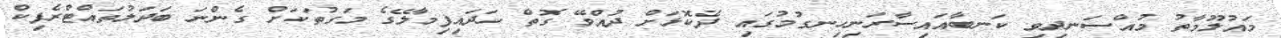
މައުލޫމާތު މުއްސަނދިވި ކަނބާއައިސާރަނިހިނގުމުގައި ދެކޮޅަށް ދުއްވޭ ގޮތް ހަދައިފިމާލޭގެ މަގުތަކަށް ގެންނަ ބަދަލުތައްޓްރެފިކް